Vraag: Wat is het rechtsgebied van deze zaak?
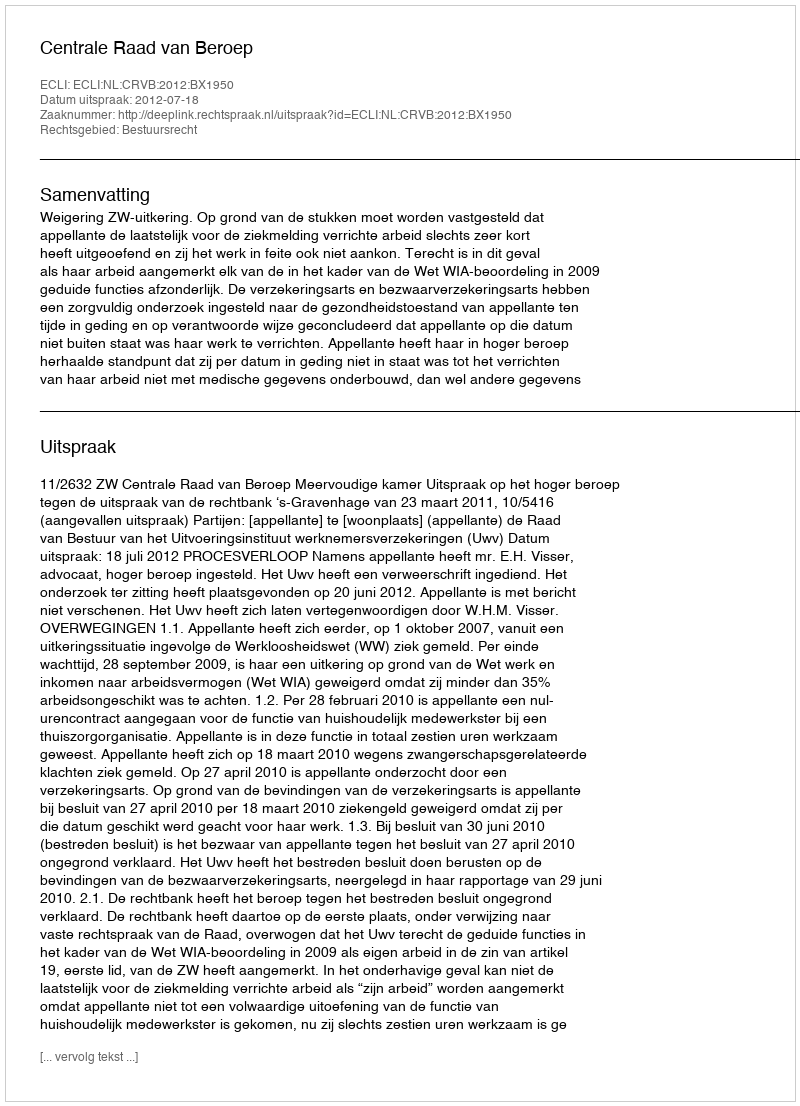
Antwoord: Bestuursrecht